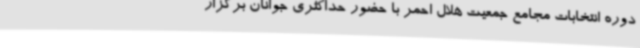
دوره انتخابات مجامع جمعیت هلال احمر با حضور حداکثری جوانان برگزار